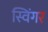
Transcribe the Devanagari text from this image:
स्विंगर